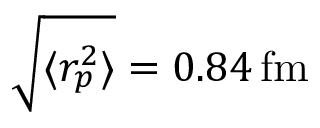
\sqrt { \langle r _ { p } ^ { 2 } \rangle } = 0 . 8 4 \, \mathrm { f m }